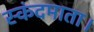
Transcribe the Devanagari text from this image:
स्कंदमाता।